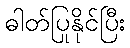
ဓါတ်ပြုနိုင်ပြီး